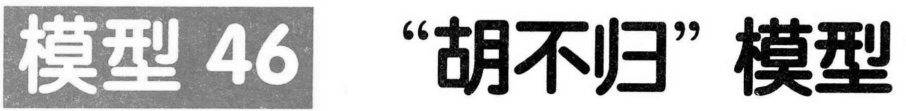
模型 46 “胡不归” 模型